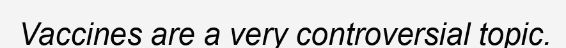
Vaccines are a very controversial topic.